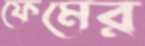
ফেমের